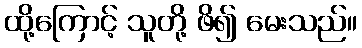
ထို့ကြောင့် သူတို့ ဖိ၍ မေးသည်။